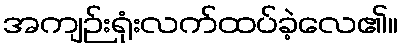
အကျဉ်းရုံးလက်ထပ်ခဲ့လေ၏။